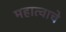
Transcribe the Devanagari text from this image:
महात्वाचे